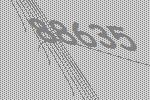
88635